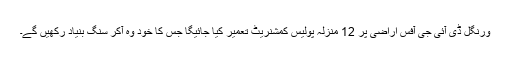
ورنگل ڈی آئی جی آفس اراضی پر 12 منزلہ پولیس کمشنریٹ تعمیر کیا جائیگا جس کا خود وہ آکر سنگ بنیاد رکھیں گے۔